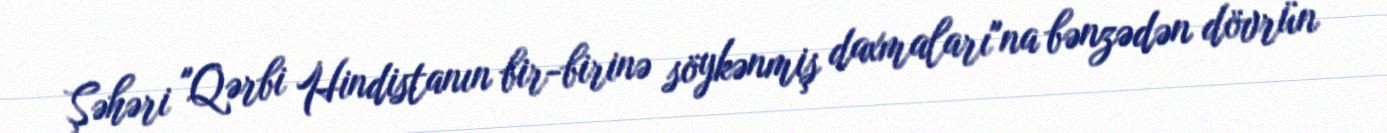
Şəhəri "Qərbi Hindistanın bir-birinə söykənmiş daxmaları"na bənzədən dövrün